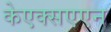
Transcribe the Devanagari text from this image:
केएक्सएएन